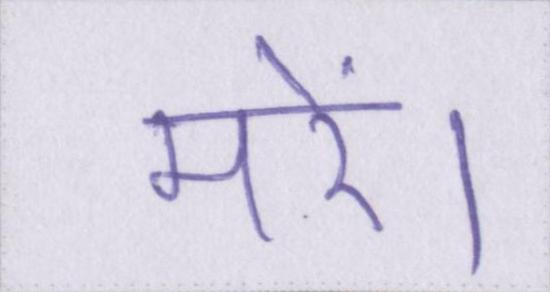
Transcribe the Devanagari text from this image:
मरें।